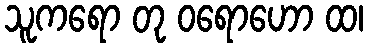
သူကရော တု ဝရောဟော ထ၊